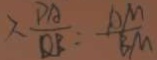
\frac { D A } { Q B } = \frac { A M } { B M }